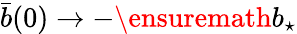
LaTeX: \bar{b}(0)\to-\ensuremath{b_{\star}}